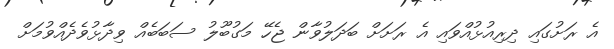
އެ ރަށުގައި ދިރިއުޅުއްވައި އެ ރަށަށް ބަދަލުވާން ޖެހޭ މަގުބޫލު ސަބަބެއް ވިދާޅުވެދެއްވުމަށް